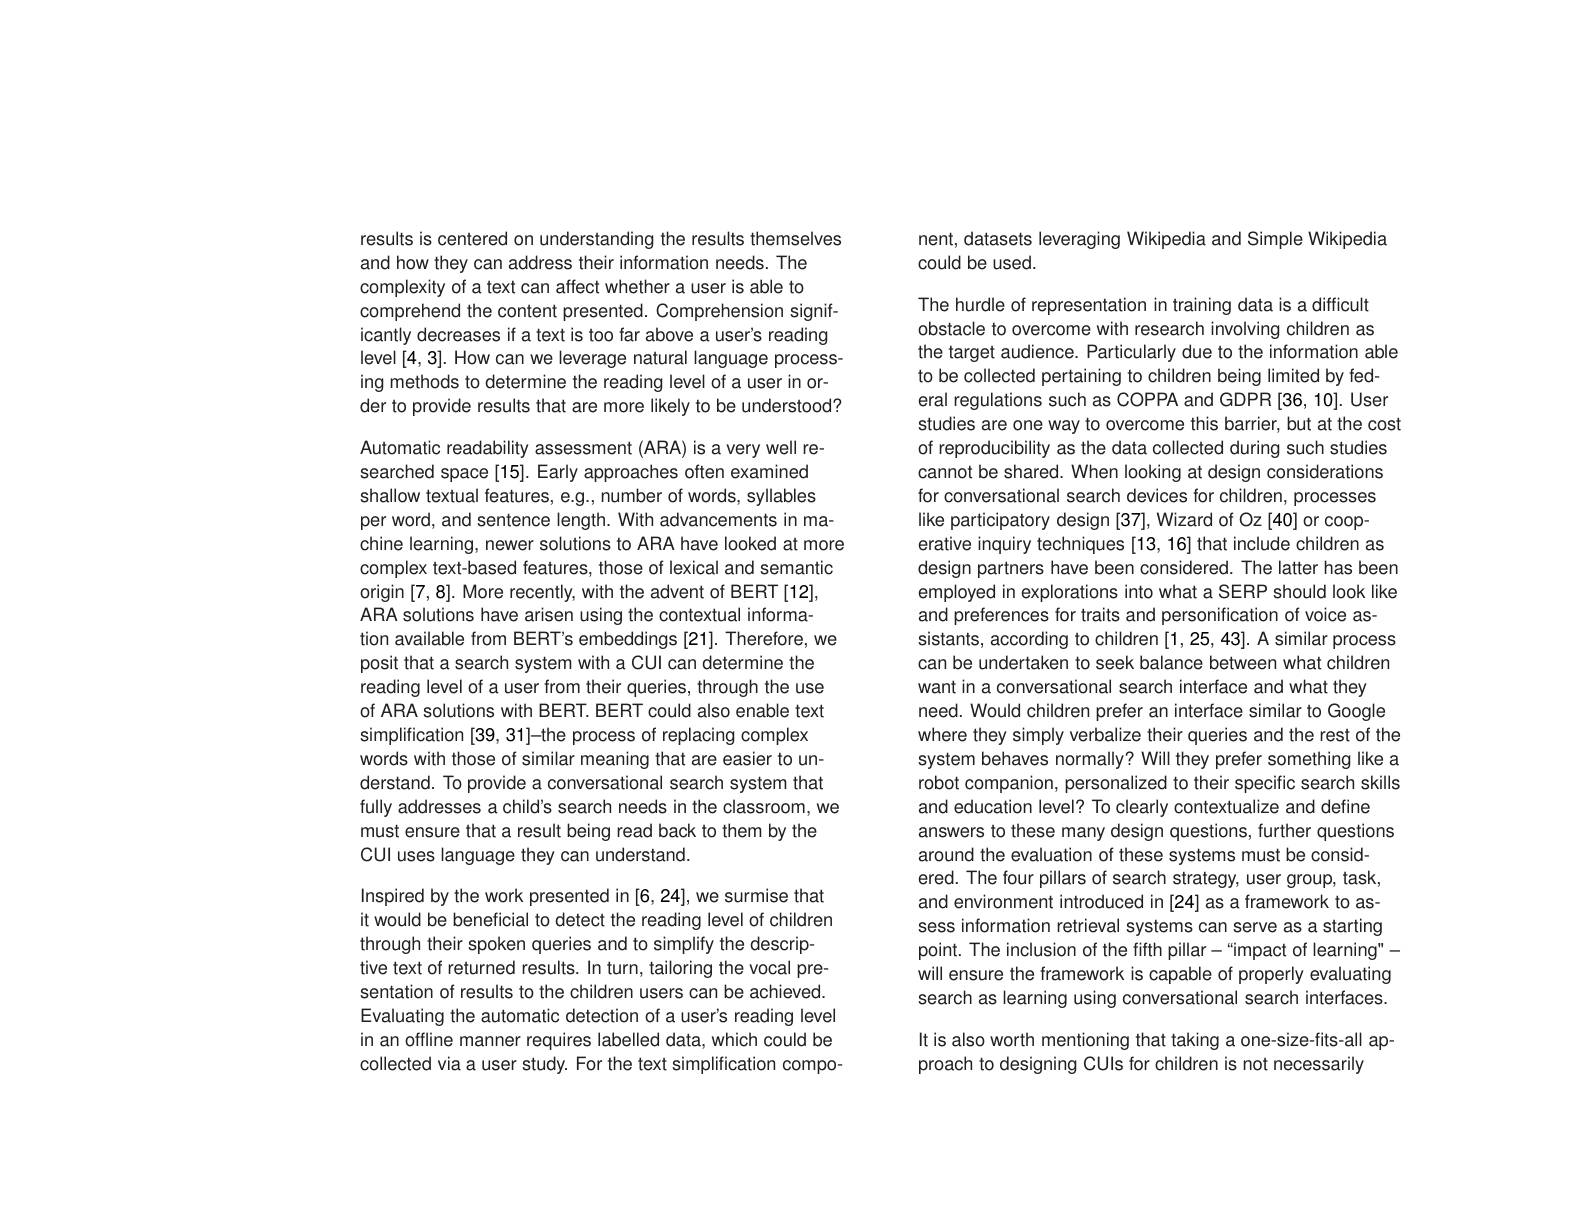
results is centered on understanding the results themselves
and how they can address their information needs. The complexity of a text can affect whether a user is able to comprehend the content presented. Comprehension significantly decreases if a text is too far above a user's reading level [4,3]. How can we leverage natural language processing methods to determine the reading level of a user in order to provide results that are more likely to be understood? Automatic readability assessment (ARA) is a very well researched space[15]. Early approaches often examined shallow textual features, e.g., number of words, syllables per word, and sentence length. With advancements in machine learning, newer solutions to ARA have looked at more complex text-based features, those of lexical and semantic origin [7,8]. More recently, with the advent of BERT [12], ARA solutions have arisen using the contextual information available from BERT's embeddings [21]. Therefore, we
posit that a search system with a CUI can determine the reading level of a user from their queries, through the use of ARA solutions with BERT. BERT could also enable text simplification [39, 31]-the process of replacing complex words with those of similar meaning that are easier to understand. To provide a conversational search system that fully addresses a child's search needs in the classroom, we must ensure that a result being read back to them by the
CUl uses language they can understand.
Inspired by the work presented in [6, 24], we surmise that

it would be beneficial to detect the reading level of children
through their spoken queries and to simplify the descriptive text of returned results. In turn, tailoring the vocal presentation of results to the children users can be achieved. Evaluating the automatic detection of a user's reading level in an offline manner requires labelled data, which could be collected via a user study. For the text simplification compo-

nent, datasets leveraging Wikipedia and Simple Wikipedia
could be used.

The hurdle of representation in training data is a difficult obstacle to overcome with research involving children as the target audience. Particularly due to the information able
to be collected pertaining to children being limited by federal regulations such as COPPA and GDPR[36,10]. User studies are one way to overcome this barrier, but at the cost of reproducibility as the data collected during such studies cannot be shared. When looking at design considerations for conversational search devices for children, processes like participatory design [37], Wizard of Oz[40] or cooperative inquiry techniques [13, 16] that include children as design partners have been considered. The latter has been employed in explorations into what a SERP should look like and preferences for traits and personification of voice as-
sistants, according to children [1,25,43]. A similar process can be undertaken to seek balance between what children want in a conversational search interface and what they need. Would children prefer an interface similar to Google where they simply verbalize their queries and the rest of the system behaves normally? Will they prefer something like a robot companion, personalized to their specific search skills and education level? To clearly contextualize and define
answers to these many design questions, further questions
around the evaluation of these systems must be considered. The four pillars of search strategy, user group, task, and environment introduced in[24] as a framework to assess information retrieval systems can serve as a starting point. The inclusion of the fifth pillar-“impact of learning"- will ensure the framework is capable of properly evaluating search as learning using conversational search interfaces. It is also worth mentioning that taking a one-size-fits-all approach to designing CUls for children is not necessarily